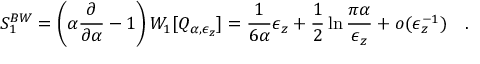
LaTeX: S _ { 1 } ^ { B W } = \left( \alpha { \frac { \partial } { \partial \alpha } } - 1 \right) W _ { 1 } [ Q _ { \alpha , \epsilon _ { z } } ] = { \frac { 1 } { 6 \alpha } } \epsilon _ { z } + \frac 1 2 \ln { \frac { \pi \alpha } { \epsilon _ { z } } } + o ( \epsilon _ { z } ^ { - 1 } ) ~ ~ ~ .